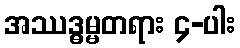
အဿဒ္ဓမ္မတရား ၄-ပါး